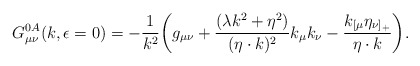
\begin{align*}G^{0A}_{\mu\nu}(k,\epsilon=0)=-{1\over k^2}\biggl(g_{\mu\nu}+{{(\lambda k^2+\eta^2)}\over{(\eta\cdot k)^2}}k_\mu k_\nu-{k_{[\mu}\eta_{\nu]_+}\over{\eta\cdot k}}\biggr).\end{align*}